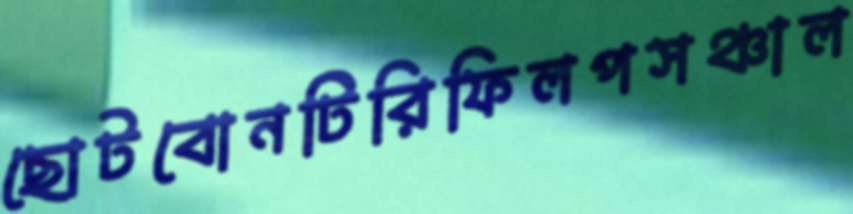
ছোটবোনটিরিফিলপসঞ্চাল